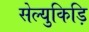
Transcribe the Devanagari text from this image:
सेल्युकिड़ि